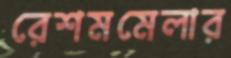
রেশমমেলার